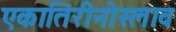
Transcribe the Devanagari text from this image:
एकातिरीनोस्लाव